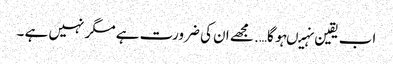
اب یقین نہیںہو گا…. مجھے ان کی ضرورت ہے مگر نہیں ہے ۔